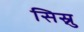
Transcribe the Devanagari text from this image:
सिस्नु